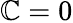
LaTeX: \mathbb{C}=0